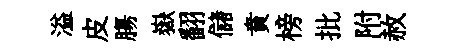
溢皮膓嶽翻儲賁榜批附赦